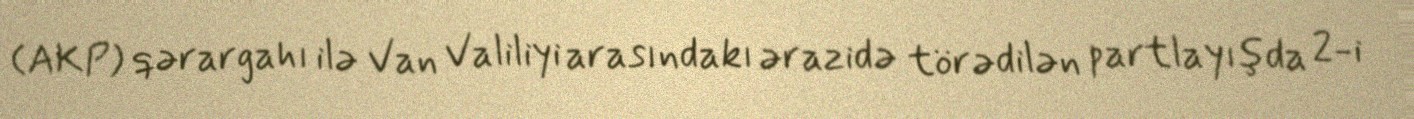
(AKP) qərargahı ilə Van Valiliyi arasındakı ərazidə törədilən partlayışda 2-i